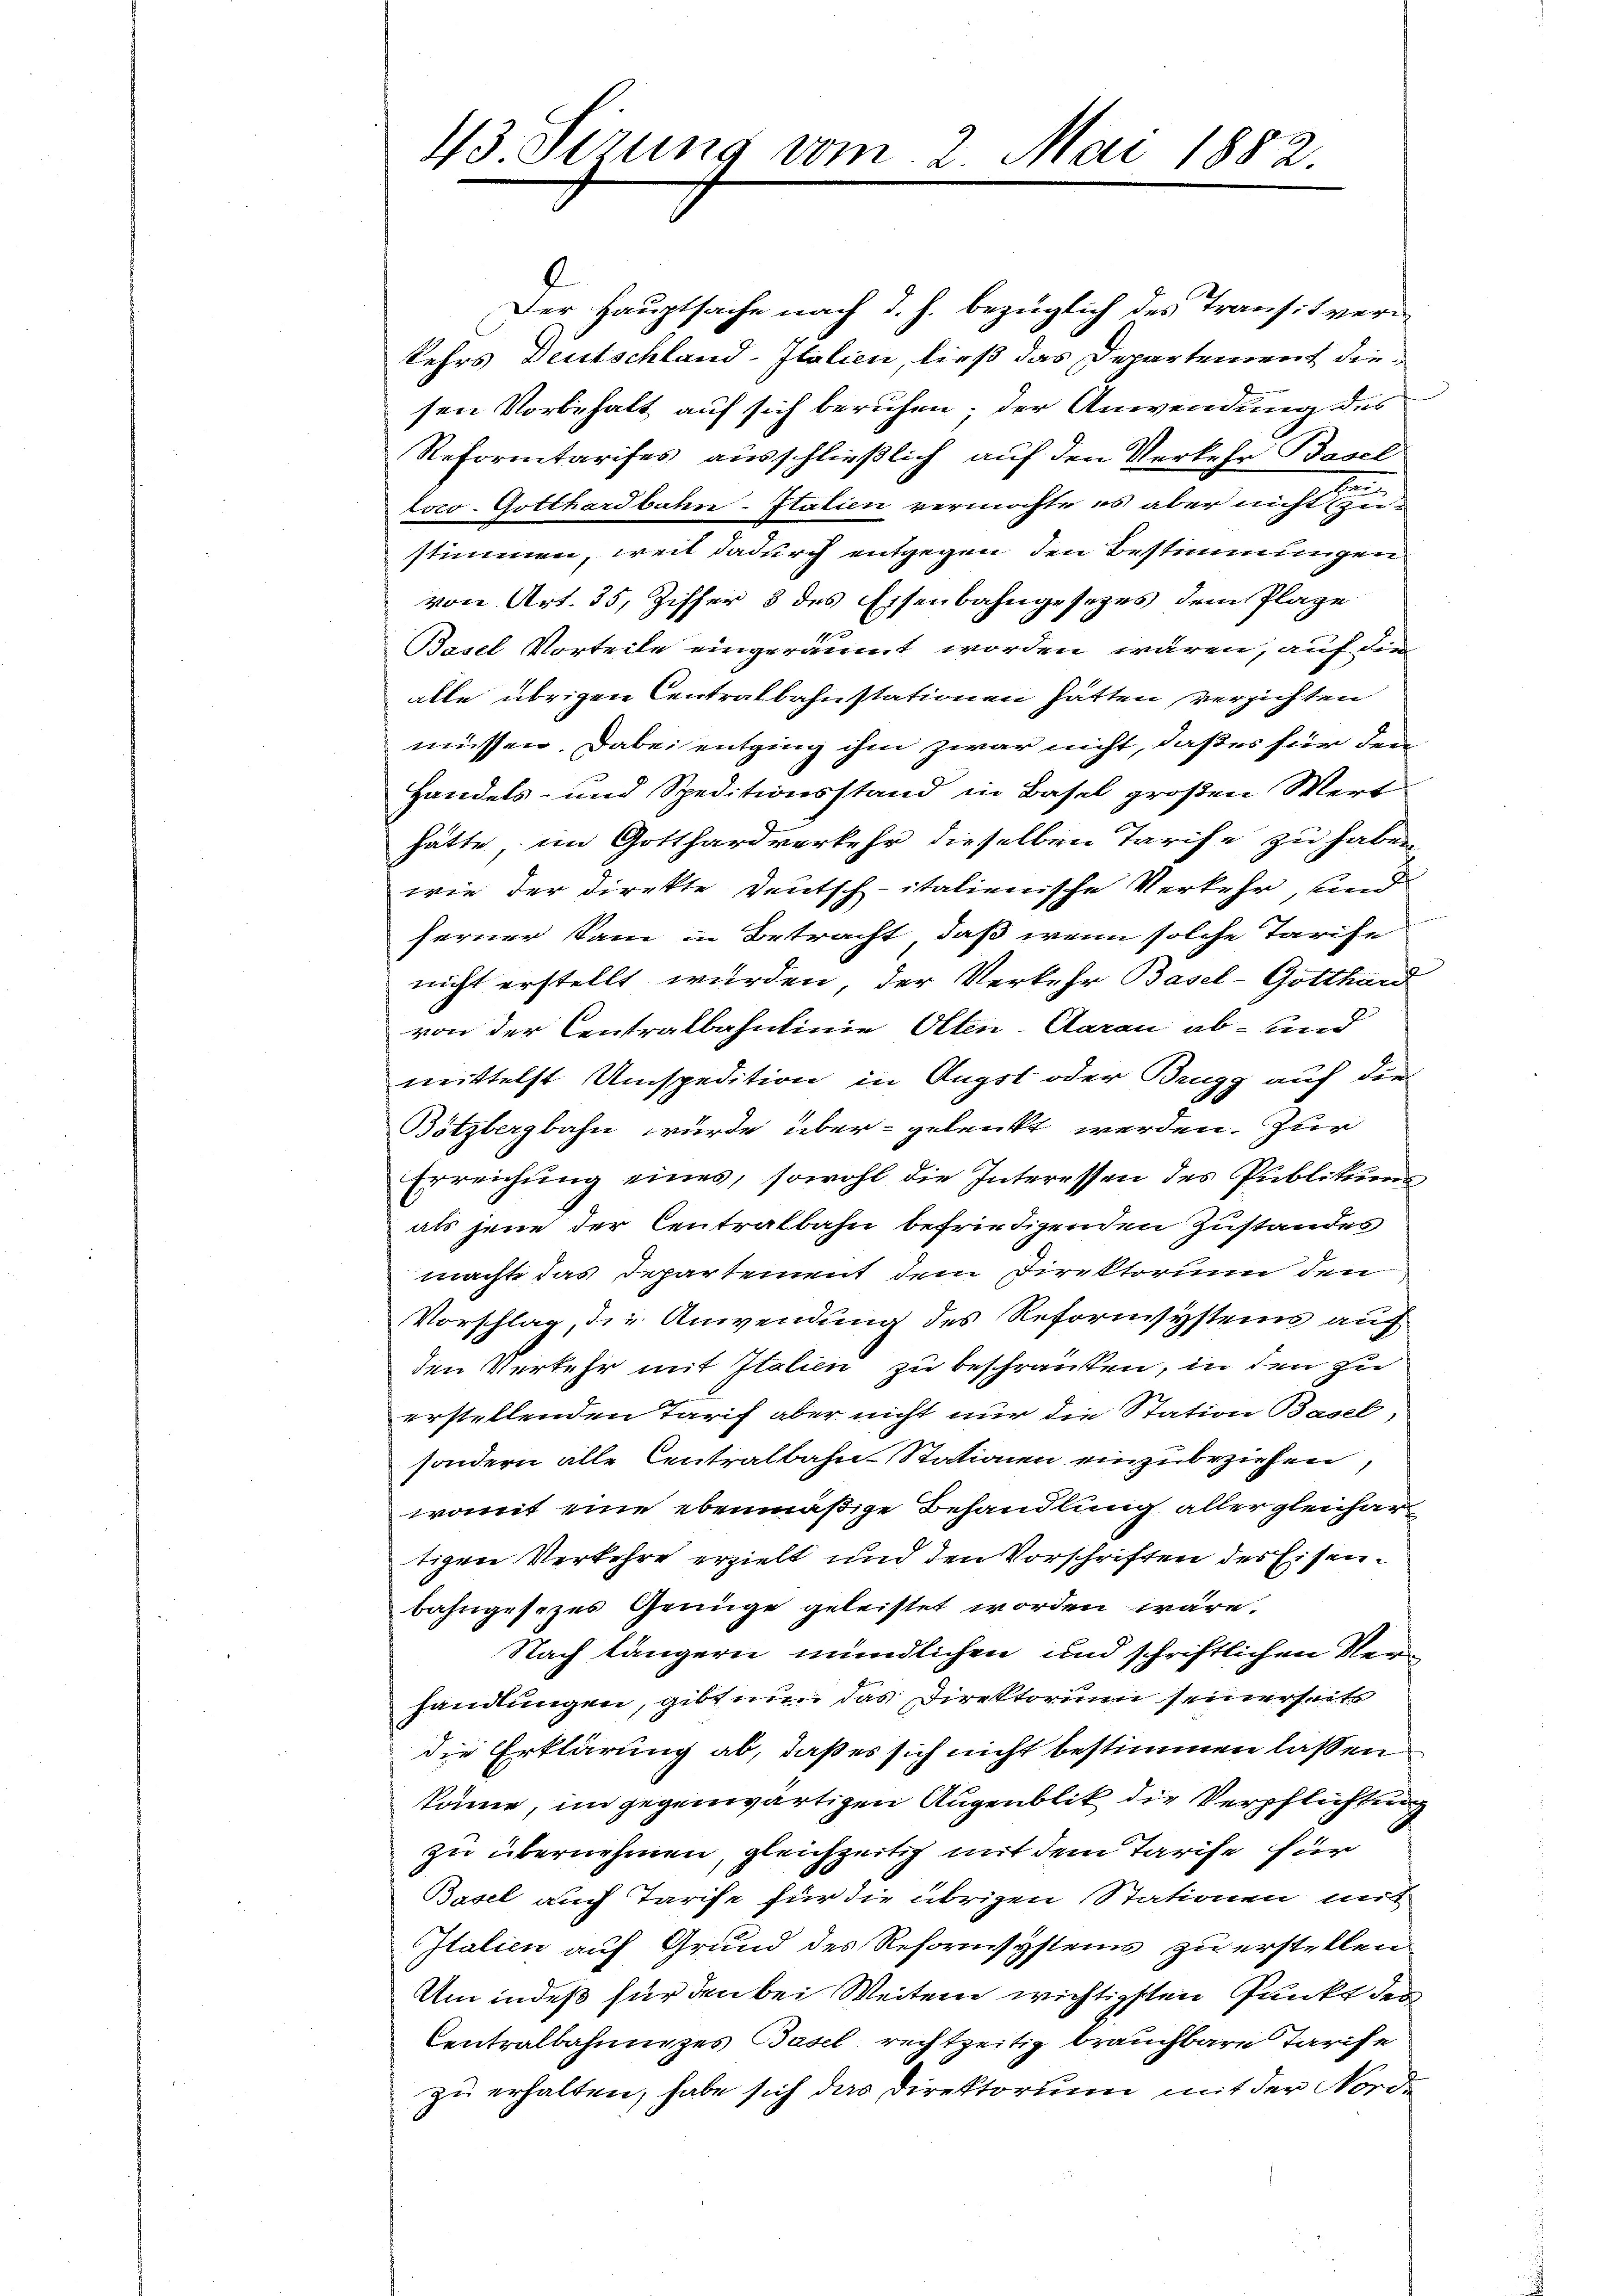
43 Serung vom 2. Mai 1882.

.
Der Hauptsache nach d. h. bezüglich des Transit verkehrs Deutschland-Italien, ließ das Departement die
sen Vorbehalt auf sich beruhen; der Anwendung des
Reformtarises ausschließlich auf den Verkehr Basel
loco-Gotthardbahn-Italien vermöchte es aber nicht zustimmen, weil dadurch entgegen den Bestimmungen
von Art. 35, Ziffer 3 des Eisenbahngesezes dem Plaze
Basel Vorteile eingeräumt worden wären, auf die
alle übrigen Centralbahnstationen hätten verzichten
müssen. Dabei entging ihm zwar nicht, daß es für den
Handels- und Speditionsstand in Basel großen Wert
hätte, im Gotthardverkehr dieselben Tarife zu haben
wie der Direkte Deutsch-italienische Verkehr, und
ferner Sam in Betracht, daß wenn solche Tarife
nicht erstellt wurden, der Verkehr Basel- Gotthard
von der Centralbahnlinie Olten-Aarau ab- und
mittelst Umspedition in Augst oder Brugg auf die
Bötzbergbahn wurde über gelenkt werden. Zur
Erreichung eines, sowohl die Interessen des Publikum
als jene der Centralbahn befriedigenden Zustandes
machte das Departement dem Direktorium den
Vorschlag, die Anwendung des Reformsystems auf
den Verkehr mit Italien zu beschränken, in den zu
erstellenden Tarif aber nicht nur die Station Basel,
sondern alle Centralbahn Stationen einzubeziehen
womit eine ebenmäßige Behandlung aller gleichartigen Verkehre erzielt und den Vorschriften des Eisenbahngesezes Genüge geleistet worden wäre.
Nach längern mündlichen und schriftlichen Verhandlungen, gibt um das Direktorium seinerseite
die Erklärung ab, daß es sich nicht bestimmen lassen
könne, im gegenwärtigen Augenblik die Verpflichtung
zu übernehmen, gleichzeitig mit dem Tarife für
Basel auch Tarife für die übrigen Stationen mit
Italien auf Grund des Refornisystein zu erstellen
Um indeß für den bei Weiten wichtigsten Punkt der
Centralbahnges Basel rechtzeitig brauchbare Tarife
zu erhalten, habe sich das Direktorium mit der Norde